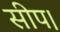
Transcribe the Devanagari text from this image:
सीप।